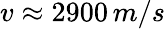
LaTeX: v\approx 2900\, m/s